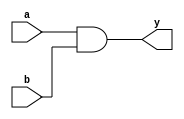
module and4(a,b,y);

input [3:0] a,b;
output [3:0] y;

assign y = a&b;

endmodule